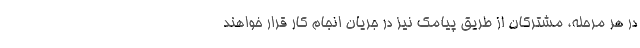
در هر مرحله، مشترکان از طریق پیامک نیز در جریان انجام کار قرار خواهند